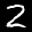
Label: 2